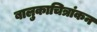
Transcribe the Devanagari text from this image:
बालुकाचित्रांकन